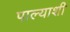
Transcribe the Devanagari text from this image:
पाल्याशी